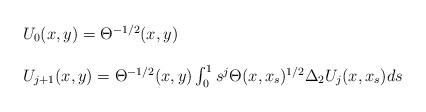
LaTeX: \begin{align*} \begin{array}{l} U_0(x,y) = \Theta^{-1/2}(x,y) \\ \\U_{j+1}(x,y) = \Theta^{-1/2}(x,y) \int_0^1 s^j \Theta(x,x_s)^{1/2} \Delta_2 U_j(x, x_s) ds\end{array} \end{align*}